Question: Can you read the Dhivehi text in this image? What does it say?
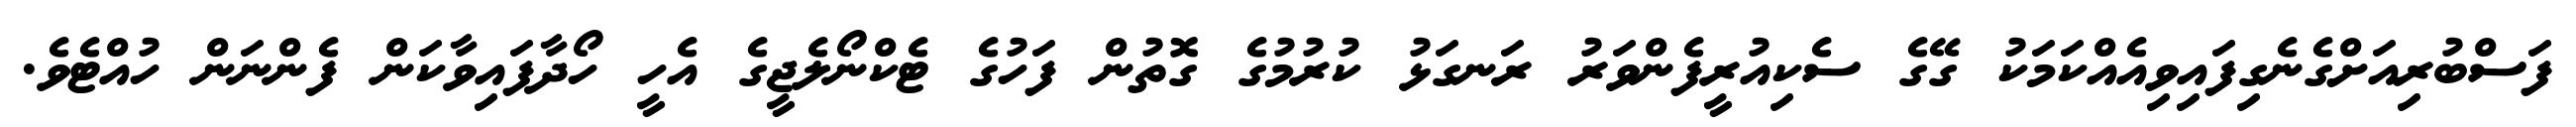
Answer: ފަސްބުރިއަށްގެނެގިފައިވިއެއްކަމަކު ގޭގެ ސެކިއުރީފެންވަރު ރަނގަޅު ކުރުމުގެ ގޮތުން ފަހުގެ ޓެކްނޯލެޖީގެ އެހީ ހޯދާފައިވާކަން ފެންނަން ހުއްޓެވެ.